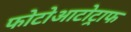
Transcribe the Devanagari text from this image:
फोटोआटोट्राफ